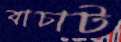
বাচাট